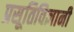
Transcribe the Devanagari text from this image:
प्रसूतिविज्ञानी